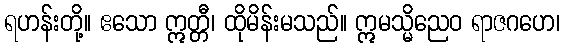
ရဟန်းတို့။ ဧသော ဣတ္တီ၊ ထိုမိန်းမသည်။ ဣမသ္မိညေဝ ရာဇဂဟေ၊